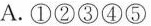
A.①②③④⑤